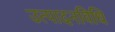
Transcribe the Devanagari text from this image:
उत्पादनविधि